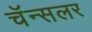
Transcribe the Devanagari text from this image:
चॅन्सलर